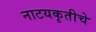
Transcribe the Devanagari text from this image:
नाटयकृतीचे